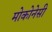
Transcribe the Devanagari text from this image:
मोकोनेसी